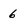
Character: 6